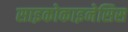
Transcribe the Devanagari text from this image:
साइकोकाइनेसिस